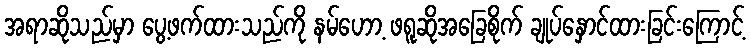
အရာဆိုသည်မှာ ပွေ့ဖက်ထားသည်ကို နမ်ဟော့ ဖရူဆိုအခြေစိုက် ချုပ်နှောင်ထားခြင်းကြောင့်